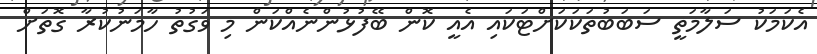
އެކަމަކު ސަލާމަތީ ސަބަބުތަކަކަށްޓަކައި އެއީ ކޮން ބޭފުޅުންނެއްކަން މި ވަގުތު ހާމަނުކުރާ ގޮތަށް